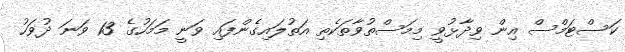
ކަސްޓަމްސް އިން ވިދާޅުވީ މިމަސްތުވާތަކެތި އަތުލައިގެންފައި ވަނީ މަމަހުގެ 13 ވަނަ ދުވަހު